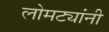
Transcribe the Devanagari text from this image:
लोमट्यांनी